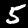
Label: 5